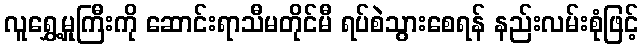
လူရွှေ့မှုကြီးကို ဆောင်းရာသီမတိုင်မီ ရပ်စဲသွားစေရန် နည်းလမ်းစုံဖြင့်